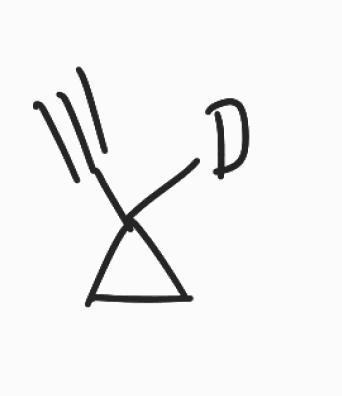
Simplified molecular-input line-entry system (SMILES) notation of the given molecule:
[2H]C1(CC1)C#C